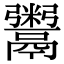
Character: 鬻